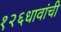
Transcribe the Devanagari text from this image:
१२६धावांची